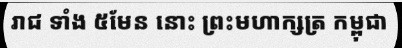
រាជ ទាំង ៥មែន នោះ ព្រះមហាក្សត្រ កម្ពុជា